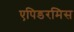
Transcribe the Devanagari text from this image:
एपिडरमिस